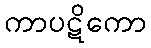
ကာပဋိကော